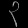
Digit: ၃